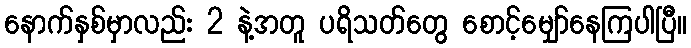
နောက်နှစ်မှာလည်း 2 နဲ့အတူ ပရိသတ်တွေ စောင့်မျှော်နေကြပါပြီ။